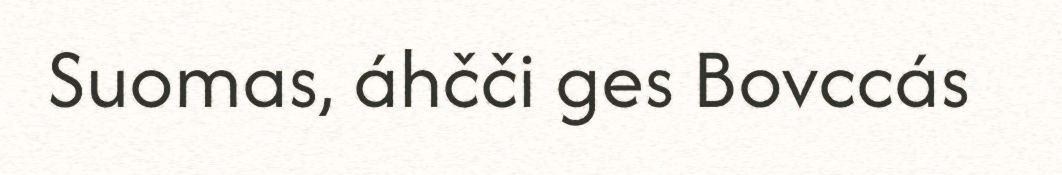
Suomas, áhčči ges Bovccás